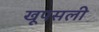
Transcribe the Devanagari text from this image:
खूपसली